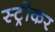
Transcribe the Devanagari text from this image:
स्ट्रीकर